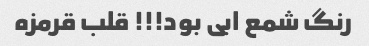
رنگ شمع ابی بود!!! قلب قرمزه